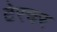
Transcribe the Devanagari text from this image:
टेरचर